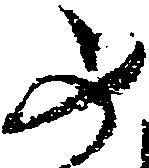
如